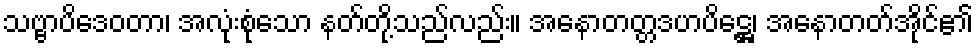
သဗ္ဗာပိဒေဝတာ၊ အလုံးစုံသော နတ်တို့သည်လည်း။ အနောတတ္တဒဟပိဋ္ဌေ၊ အနောတတ်အိုင်၏